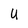
Character: U